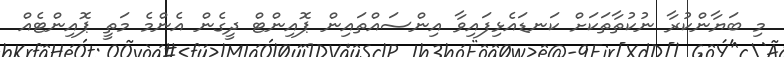
މި ބަޔާންކުރާ ނުކުތާތަކަށް ކަނޑައެޅިފައިވާ އިންސައްތައިން ޕޮއިންޓް ދީގެން އެންމެ މަތީ ޕޮއިންޓެއް